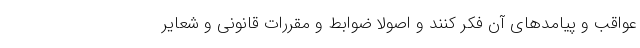
عواقب و پیامدهای آن فکر کنند و اصولا ضوابط و مقررات قانونی و شعایر